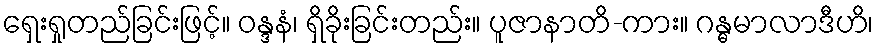
ရှေးရှုတည်ခြင်းဖြင့်။ ဝန္ဒနံ၊ ရှိခိုးခြင်းတည်း။ ပူဇာနာတိ-ကား။ ဂန္ဓမာလာဒီဟိ၊